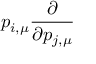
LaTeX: p _ { i , \mu } \frac { \partial } { \partial p _ { j , \mu } }